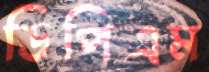
ডিপিএম